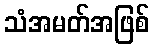
သံအမတ်အဖြစ်